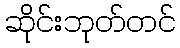
ဆိုင်းဘုတ်တင်